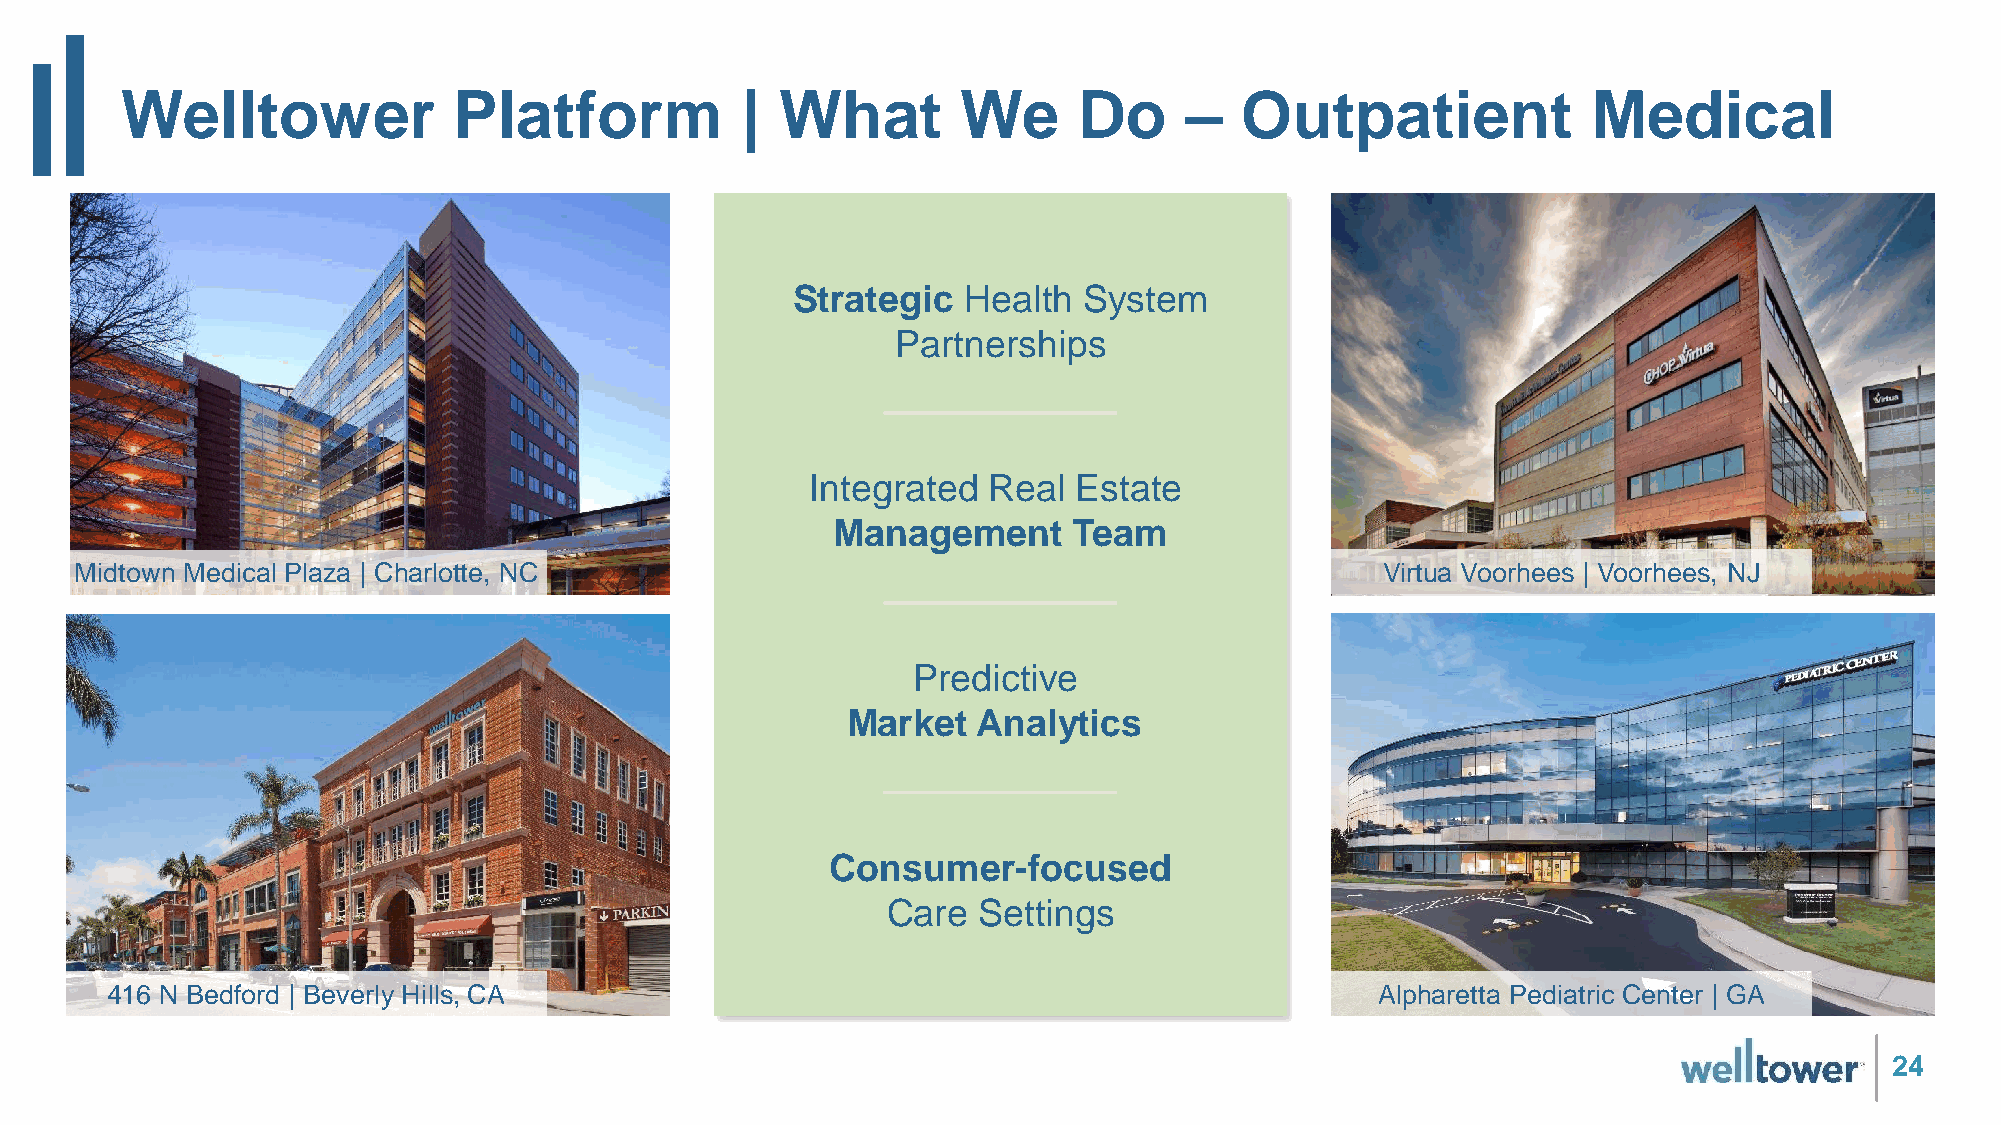
Welltower             Platform           |  What        We     Do     –   Outpatient             Medical
 Strategic   Health  System
 Partnerships
 Integrated Real  Estate
 Management      Team
 Midtown Medical Plaza | Charlotte, NC                                                  Virtua VoSotrahemefso |r Vdoorhees, NJ
 Predictive
 Market   Analytics
 Consumer-focused
 Care  Settings
 416 N Bedford | Beverly Hills, CA                                                   Alpharetta Pediatric Center | GA
 24